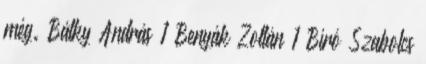
még. Bátky András 1 Benyák Zoltán 1 Bíró Szabolcs